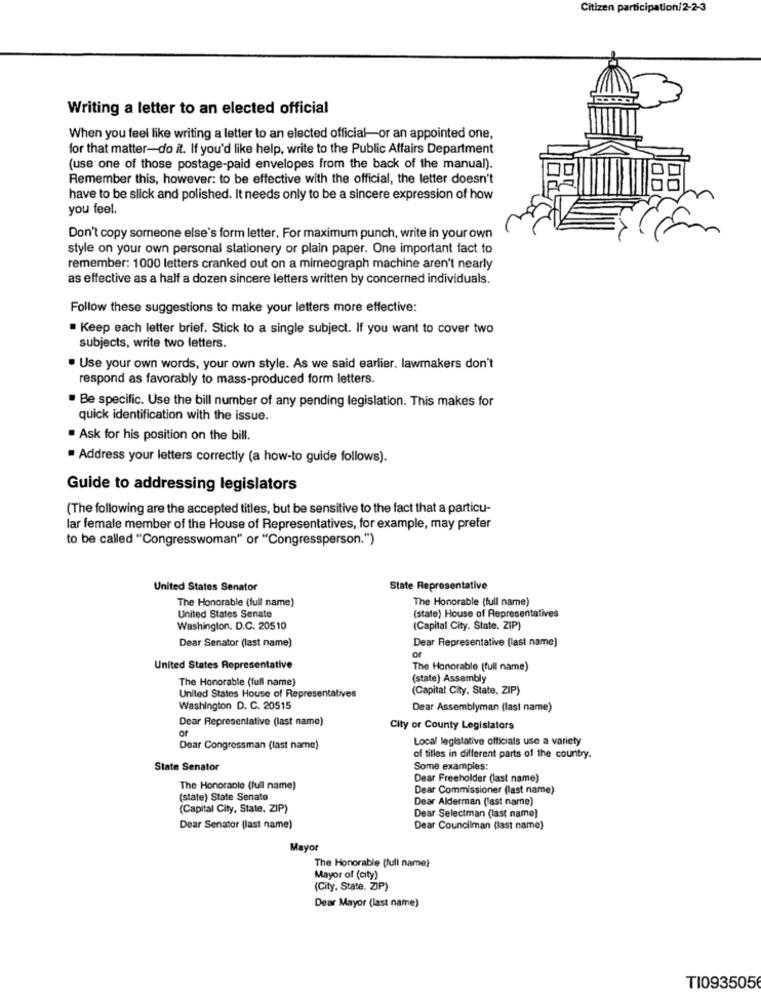
Citizen participation/2-2-3
Writing a letter to an elected official
When you feel like writing a letter to an elected official-or an appointed one,
for that matter-do it. If you'd like help, write to the Public Affairs Department
(use one of those postage-paid envelopes from the back of the manual).
Remember this, however: to be effective with the official, the letter doesn't
have to be slick and polished. It needs only to be a sincere expression of how
you feel.
Don't copy someone else's form letter. For maximum punch, write in your own
style on your own personal stationery or plain paper. One important fact to
remember: 1000 letters cranked out on a mimeograph machine aren't nearly
as effective as a half a dozen sincere letters written by concerned individuals.
Follow these suggestions to make your letters more effective:
Keep each letter brief. Stick to a single subject. If you want to cover two
subjects, write two letters.
· Use your own words, your own style. As we said earlier. lawmakers don't
respond as favorably to mass-produced form letters.
. Be specific. Use the bill number of any pending legislation. This makes for
quick identification with the issue.
. Ask for his position on the bill.
Address your letters correctly (a how-to guide follows).
Guide to addressing legislators
(The following are the accepted titles, but be sensitive to the fact that a particu-
lar female member of the House of Representatives, for example, may prefer
to be called "Congresswoman" or "Congressperson.")
United States Senator
State Representative
The Honorable (full name)
The Honorable (full name)
United States Senate
(state) House of Representatives
Washington, D.C. 20510
(Capital City. State. ZIP)
Dear Senator (last name)
Dear Representative (last name]
or
United States Representative
The Honorable (full name)
The Honorable (full name)
(state) Assembly
(Capital City, State. ZIP)
United States House of Representatives
Washington D. C. 20515
Dear Assemblyman (last name)
Dear Representative (last name)
or
City or County Legislators
Local legislative officials use a variety
Dear Congressman (last name)
of titles in different parts of the country.
State Senator
Some examples:
Dear Freeholder (last name)
The Honorable (full name)
Dear Commissioner (last name)
(state) State Senate
Dear Alderman (last name)
(Capital City, State. ZIP)
Dear Selectman (last name]
Dear Senator [last name)
Dear Councilman (last name)
Mayor
The Honorable [full name}
Mayor of (city)
(City. State. ZIP)
Dear Mayor (last name)
TI093505